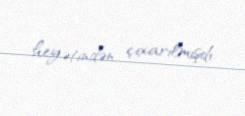
heyətindən çıxarılmışdı.